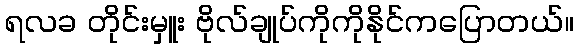
ရလခ တိုင်းမှူး ဗိုလ်ချုပ်ကိုကိုနိုင်ကပြောတယ်။